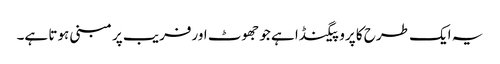
یہ ایک طرح کا پروپیگنڈا ہے جو جھوٹ اورفریب پر مبنی ہوتا ہے۔